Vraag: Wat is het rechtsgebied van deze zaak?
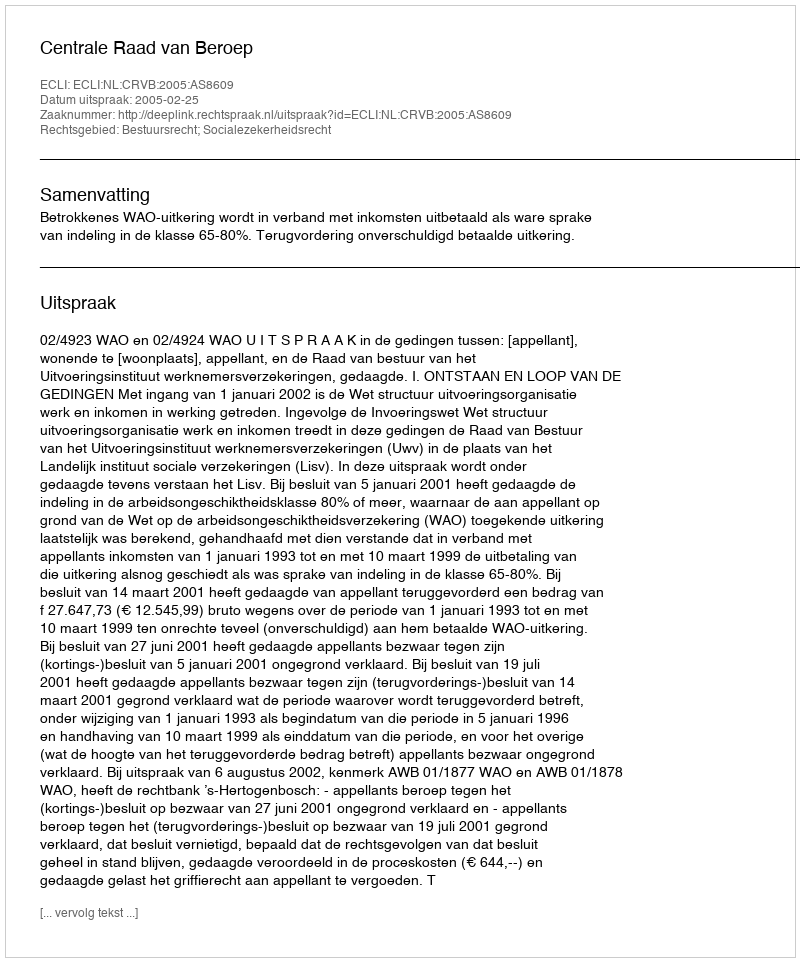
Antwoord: Bestuursrecht; Socialezekerheidsrecht